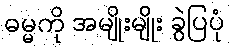
ဓမ္မကို အမျိုးမျိုး ခွဲပြပုံ